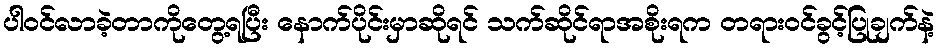
ပါဝင်လာခဲ့တာကိုတွေ့ရပြီး နောက်ပိုင်းမှာဆိုရင် သက်ဆိုင်ရာအစိုးရက တရားဝင်ခွင့်ပြုချက်နဲ့